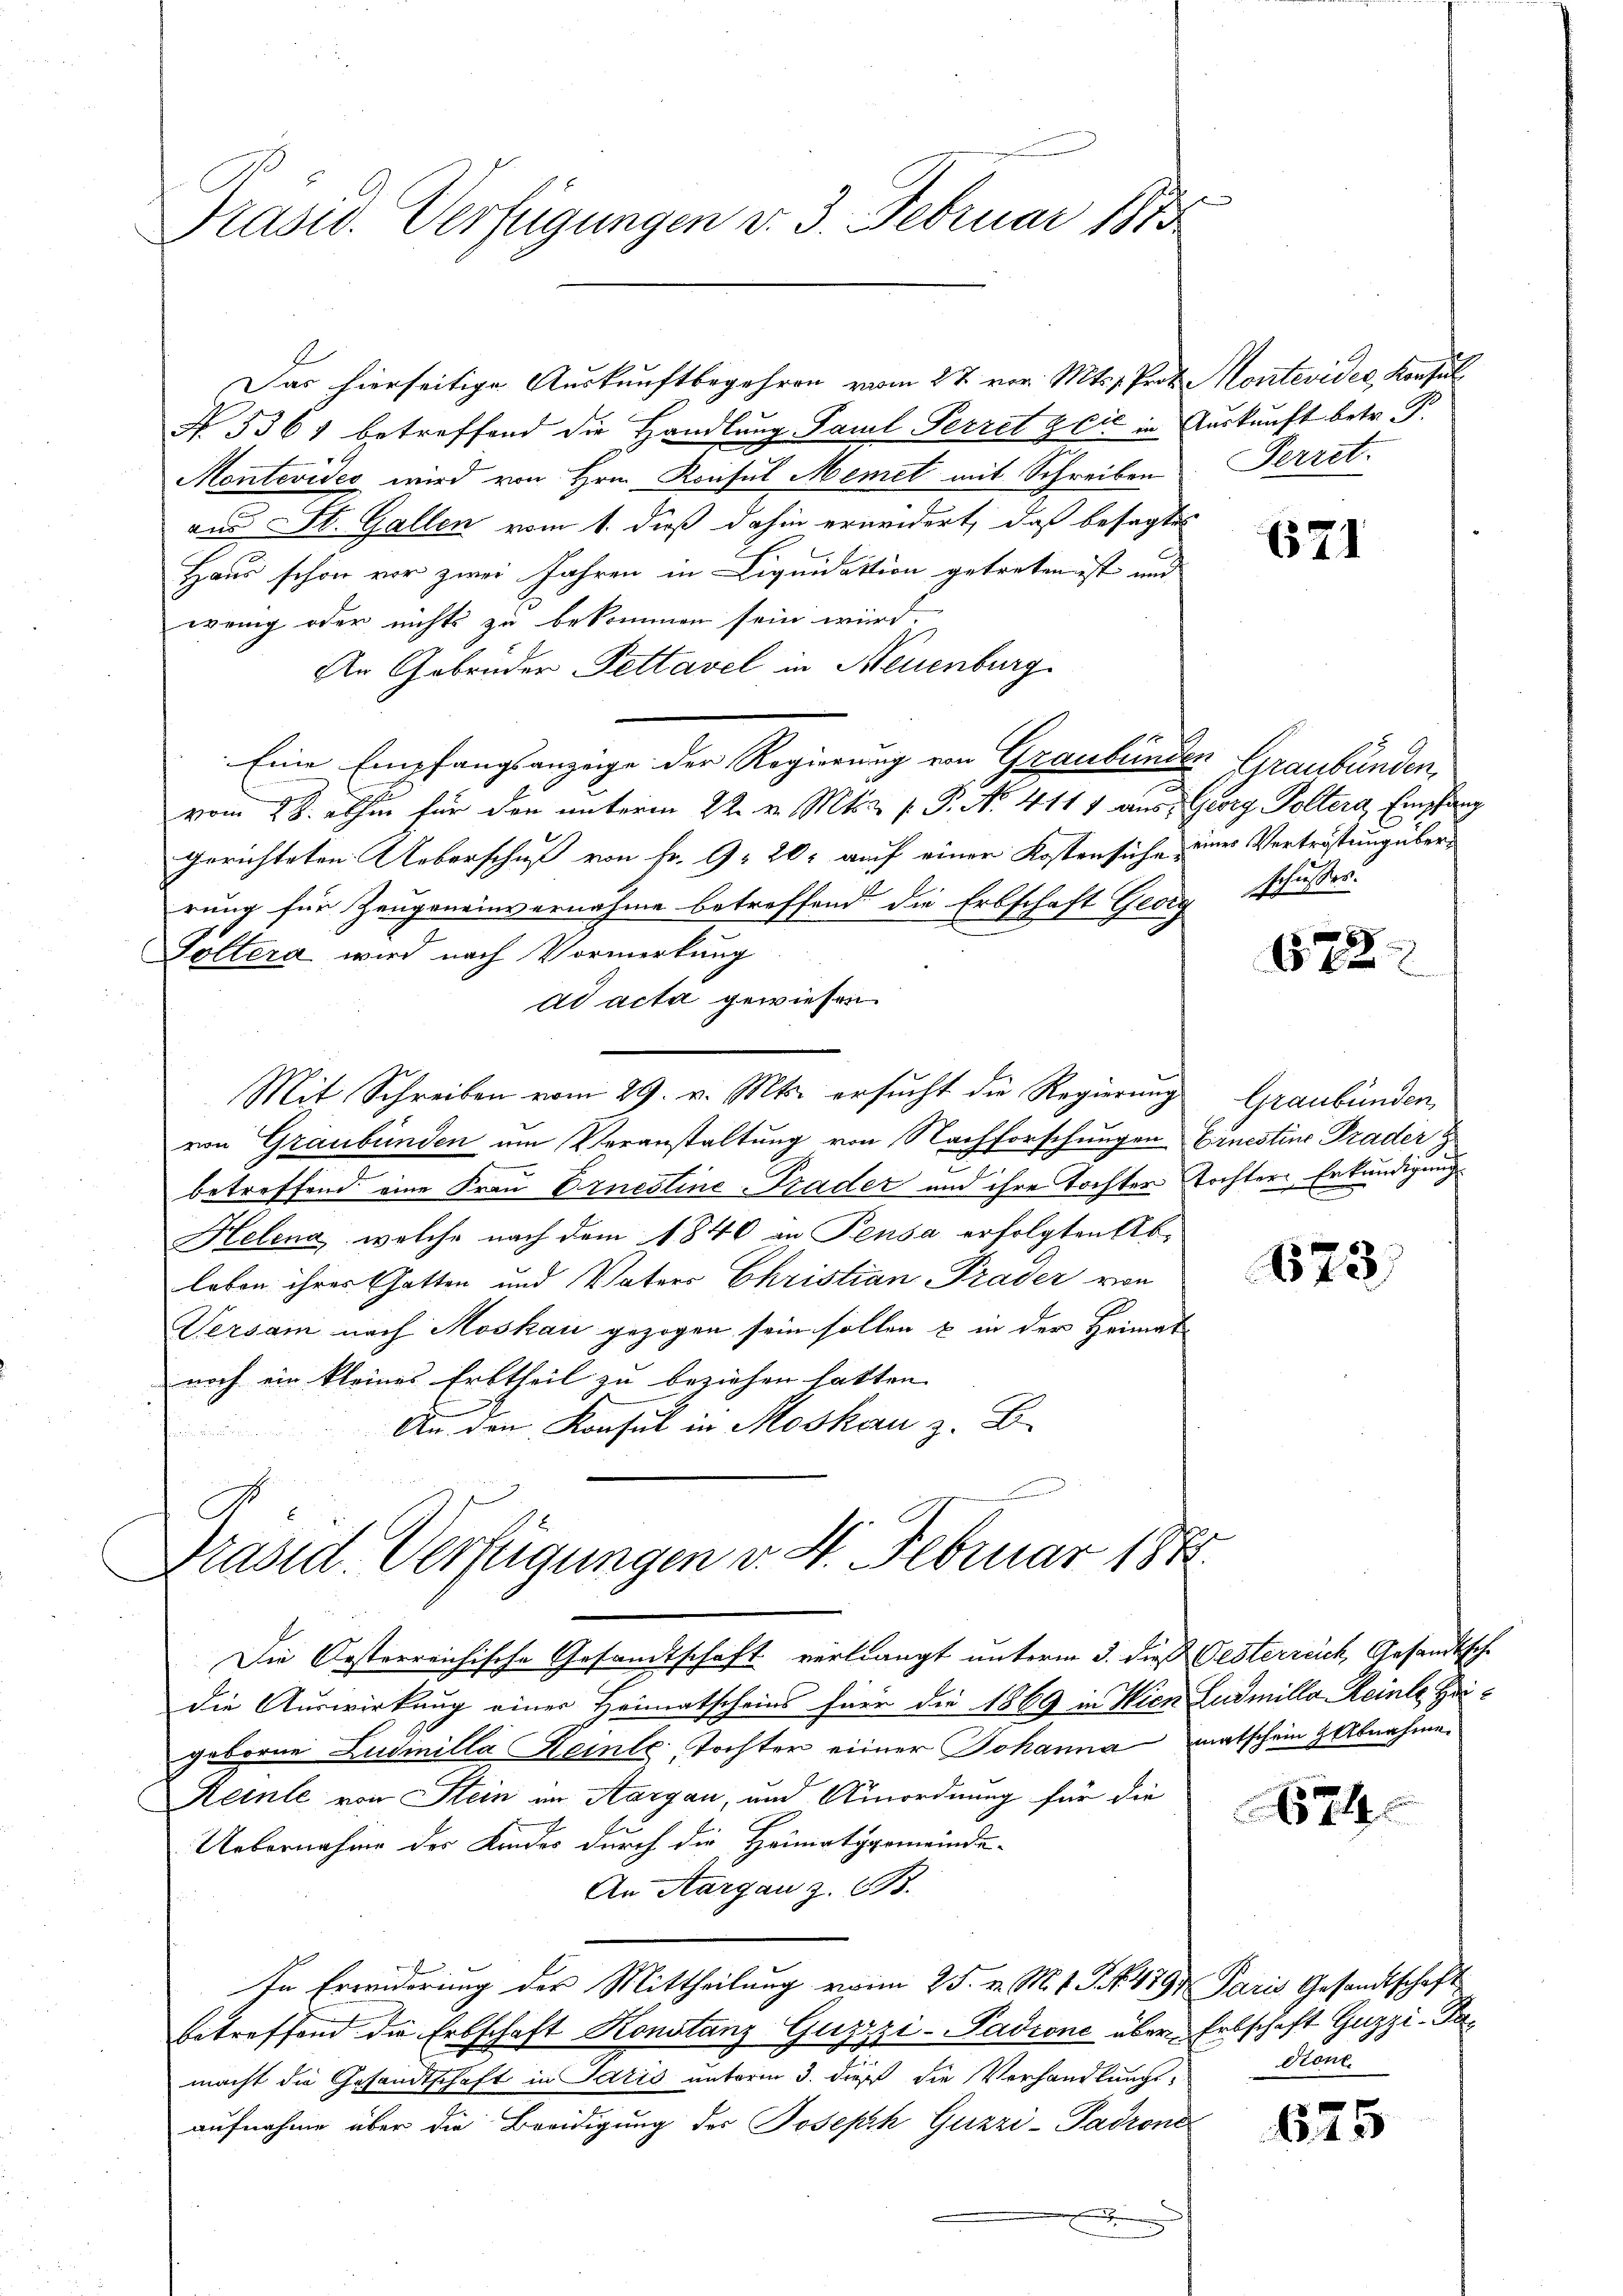
e
Präsid. Verfügungen v. 3. Februar 1883

Das hierseitige Auskunftbegehren vom 27. vor. Mts. 1. Prot. Montevider Konsul
No. 5361 betreffend die Handlung Paul Perret & Cie in Auskunft betr. T.
Montevidee wird von Hrn. Konsul Memet mit Schreiben
aus St. Gallen vom 1. dieß dahin erneidert, daß besagte
Haus schon vor zwei Jahren in Liquidation getreten ist und
wenig oder nichts zu bekommen sein wird.
An Gebrüder Pettavel in Neuenburg
Eine Empfangsanzeige der Regierung von Graubünden Graubünden,
vom 28. abhin für den unterm 22. v. Mts. p. P. No. 4111 aus Georg Poltern Empfang
gerichteten Ueberschuß von Fr. 9. 20. auch einer Kostensiche einer Vertröstung überrung für Zeugeneinvernahme betreffend die Erbschaft Georg schusses.
Soltera wird nach Vormerkung
ad acta gewiesen.
Mit Schreiben vom 29. v. Mts. ersucht die Regierung
von Graubünden um Veranstaltung von Nachforschungen Carnestine Trader
betreffend eine Frau Ernestine-Pader und ihre Tochter Tochter Erkundigung
Helena, welche nach dem 1840 an Pensa erfolgten Ab-
leben ihres Gatten und Vaters Christian Prader von
Versam nach Moskau gezogen sein sollen & in der Heimat-
noch ein kleines Erbtheil zu beziehen hatten. |
An den Konsul in Moskau z. B.
n
C
Präsid. Verfügungen v. St. Februar 1872.

Perret.

Die Oesterreichische Gesandtschaft verlangt unterm 3. die Oesterreich, Gesandtsch.
die Auswirkung einer Heimatscheins für die 1869 in Wien Ludmille Reine Heigeboren Ludinilla Heinte Tochter einer Johanna matschein Abnahme
Keine von Stein im Aargau, und Anordnung für die
Uebernahme der Kindes durch die Heimatsgemeinde-
An Aargau z. B.
In Erwiderung der Mittheilung von 25. v. M. 1 S. 479 Paris Gesandtschaft
betreffend die Erbschaft Konstanz Guzzzi-Padione über Erbschaft Guzzi-Pamacht die Gesandtschaft in Paris unterm 3. dieß die Vorhandlungs-
aufnahme über die Beeidigung der Joseph Guzzi-Padrone
x

671

1572

Graubünden

673

674

dione

625